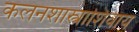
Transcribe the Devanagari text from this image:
कलनशास्त्राशिवाय